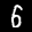
Label: 5